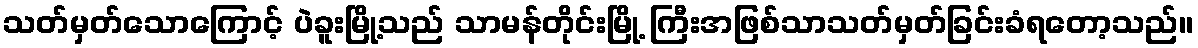
သတ်မှတ်သောကြောင့် ပဲခူးမြို့သည် သာမန်တိုင်းမြို့ ကြီးအဖြစ်သာသတ်မှတ်ခြင်းခံရတော့သည်။